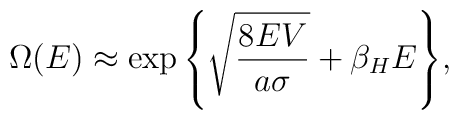
\Omega(E) \approx\exp{\left\{\sqrt{8EV\over a\sigma}+\beta_H E\right\}},